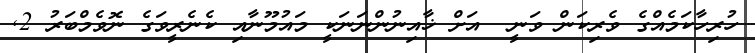
ހުރިހާކަމެއްގެ ވެރިކަން ވަނީ  އަށް ޚާއިނުންނަނަކީ މައުމޫނާއި ކެނެރީވަގެ ނޮވެމްބަރު 2